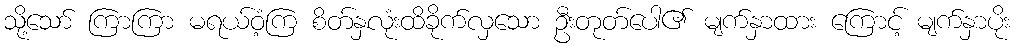
သို့သော် ကြာကြာ မရယ်ဝံ့ကြ စိတ်နှလုံးထိခိုက်လှသော ဦးတုတ်ပေါ၏ မျက်နှာထား ကြောင့် မျက်နှာပိုး